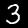
Label: 3